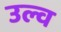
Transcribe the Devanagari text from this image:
उल्व